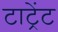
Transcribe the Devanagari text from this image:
टाट्रेंट